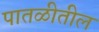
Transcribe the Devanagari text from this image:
पातळीतील